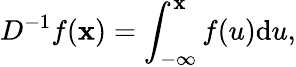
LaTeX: D^{-1}f(\mathbf{x})=\int_{-\infty}^{\mathbf{x}}f(u)\mathrm{{d}}u,